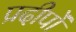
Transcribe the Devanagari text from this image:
प्रदीपों